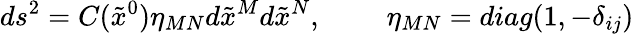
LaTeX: ds^{2}=C(\tilde{x}^{0})\eta_{MN}d\tilde{x}^{M}d\tilde{x}^{N},~~~~~~~~~\eta_{MN}=diag(1,-\delta_{ij})